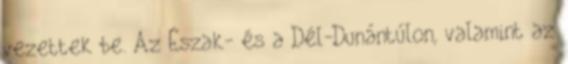
vezettek be. Az Észak- és a Dél-Dunántúlon, valamint az